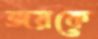
জয়কে